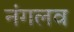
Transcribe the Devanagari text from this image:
नंगलव